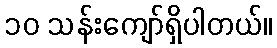
၁၀ သန်းကျော်ရှိပါတယ်။